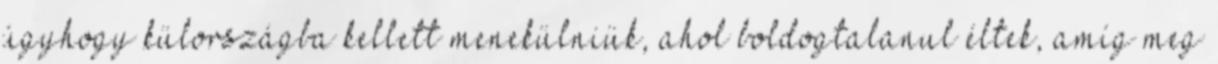
úgyhogy külországba kellett menekülniük, ahol boldogtalanul éltek, amíg meg